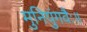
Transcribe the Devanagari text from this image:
मुनिपुंगवैः॥